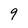
Character: 9